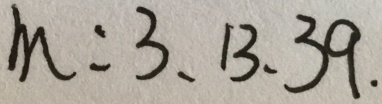
m : 3 、 1 3 、 3 9 .